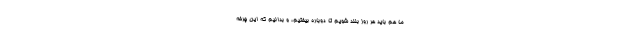
ما هم باید هر روز بلند شویم تا دوباره بیفتیم، و بدانیم که این چرخه